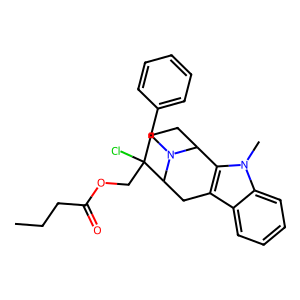
SMILES: CCCC(=O)OCC1(Cl)CCC2c3c(c4ccccc4n3C)CC1N2Cc1ccccc1
Inhibits HIV replication: No